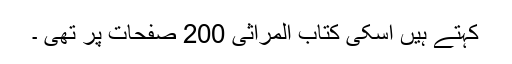
کہتے ہیں اسکی کتاب المراثی 200 صفحات پر تھی ۔